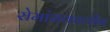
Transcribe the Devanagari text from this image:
रोमांसकालीन